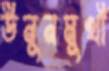
উনুনমুখী